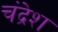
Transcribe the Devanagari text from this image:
चंद्रेश